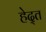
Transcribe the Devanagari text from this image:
हेद्त